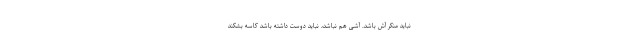
نباید منکر آش باشد. آشی هم نباشد، نباید دوست داشته باشد کاسه بشکند